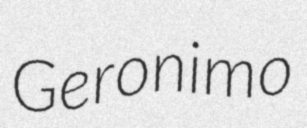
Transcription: Geronimo